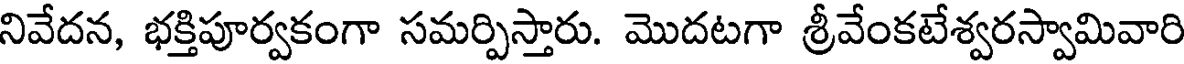
నివేదన, భక్తిపూర్వకంగా సమర్పిస్తారు. మొదటగా శ్రీవేంకటేశ్వరస్వామివారి